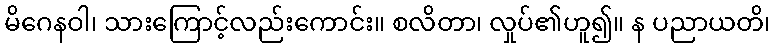
မိဂေနဝါ၊ သားကြောင့်လည်းကောင်း။ စလိတာ၊ လှုပ်၏ဟူ၍။ န ပညာယတိ၊